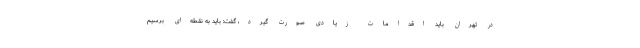
در تهران باید اقدامات زیادی صورت گیرد، گفت: باید به نقطه‌ای برسیم